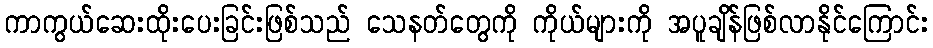
ကာကွယ်ဆေးထိုးပေးခြင်းဖြစ်သည် သေနတ်တွေကို ကိုယ်များကို အပူချိန်ဖြစ်လာနိုင်ကြောင်း